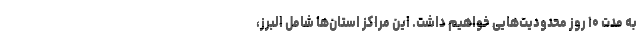
به مدت ۱۰ روز محدودیت‌هایی خواهیم داشت. این مراکز استان‌ها شامل البرز،